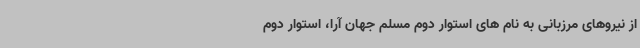
از نیروهای مرزبانی به نام های استوار دوم مسلم جهان آرا، استوار دوم